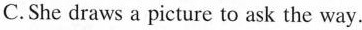
C.She draws a picture to ask the way.